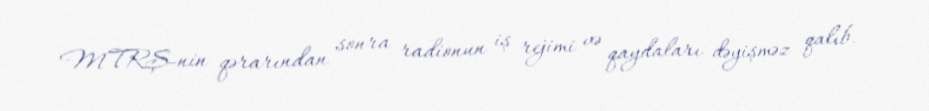
MTRŞ-nin qərarından sonra radionun iş rejimi və qaydaları dəyişməz qalıb.